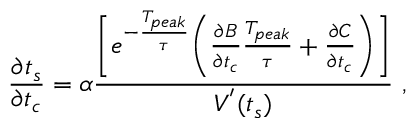
\frac { \partial t _ { s } } { \partial t _ { c } } = \alpha \frac { \Bigg [ e ^ { - \frac { T _ { p e a k } } { \tau } } \Bigg ( \frac { \partial B } { \partial t _ { c } } \frac { T _ { p e a k } } { \tau } + \frac { \partial C } { \partial t _ { c } } \Bigg ) \Bigg ] } { V ^ { ' } ( t _ { s } ) } ~ ,